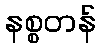
နစ္စတန်